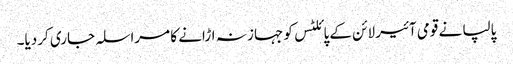
پالپا نے قومی آئیر لائن کے پائلٹس کو جہاز نہ اڑانے کا مراسلہ جاری کردیا۔